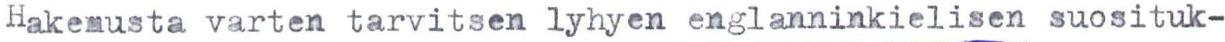
Hakemusta varten tarvitsen lyhyen englanninkielisen suosituk-